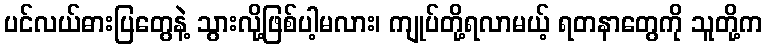
ပင်လယ်ဓားပြတွေနဲ့ သွားလို့ဖြစ်ပါ့မလား၊ ကျုပ်တို့ရလာမယ့် ရတနာတွေကို သူတို့က